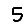
Digit: 5